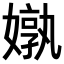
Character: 𪦝